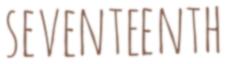
SEVENTEENTH